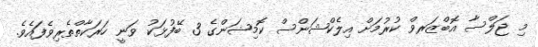
މި ޖަލްސާ އޮބްޒަރވް ކުރުމަށް އިލެކްޝަންސް ކޮމިޝަންގެ 3 ބޭފުޅަކު ވަނީ ހަރަކާތްތެރިވެފައެވެ.